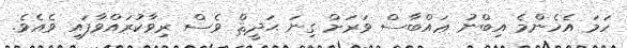
ހަމަ އެހެންމެ އިބްނު ޢައްބާސް ވަރަށް ގިނަ ޙަދީޘް ވެސް ރިވާކުރައްވާފައި ވެއެވެ.